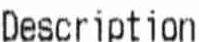
DESCRIPTION